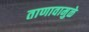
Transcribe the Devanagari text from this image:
ताणावामुळे